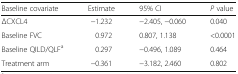
| Baseline covariate | Estimate | 95% CI | P value |
 | --- | --- | --- | --- |
 | ΔCXCL4 | −1.232 | −2.405, −0.060 | 0.040 |
 | Baseline FVC | 0.972 | 0.807, 1.138 | <0.0001 |
 | Baseline QILD/QLFa | 0.297 | −0.496, 1.089 | 0.464 |
 | Treatment arm | −0.361 | −3.182, 2.460 | 0.802 |